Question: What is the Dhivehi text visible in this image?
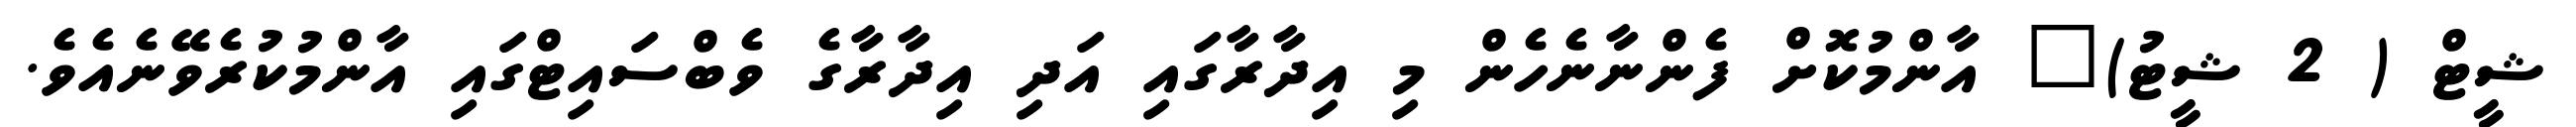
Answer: ޝީޓް ( 2 ޝީޓު)" އާންމުކޮށް ފެންނާނެހެން މި އިދާރާގައި އަދި އިދާރާގެ ވެބްސައިޓްގައި އާންމުކުރެވޭނެއެވެ.